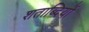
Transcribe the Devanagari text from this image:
शताब्‍दियों